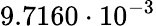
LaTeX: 9.7160\cdot 10^{-3}